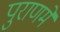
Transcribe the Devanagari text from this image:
पुराणमें